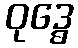
ဝုဒ္ဓေ